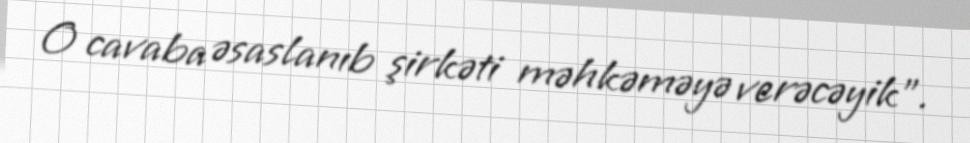
O cavaba əsaslanıb şirkəti məhkəməyə verəcəyik".